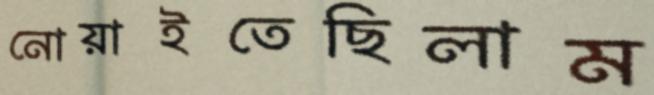
নোয়াইতেছিলাম